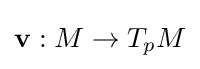
\mathbf {v} :M\to T_{p}M